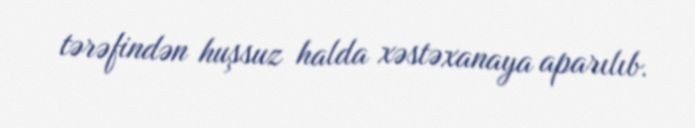
tərəfindən huşsuz halda xəstəxanaya aparılıb.